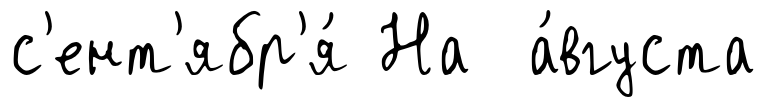
с'ент'ябр'я́ На а́вгуста